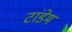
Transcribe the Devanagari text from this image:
टांडेम